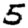
Digit: 5